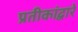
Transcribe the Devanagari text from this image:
प्रतीकांद्वारे